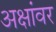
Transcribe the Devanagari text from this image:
अक्षांवर